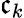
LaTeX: \mathfrak{c}_{k}